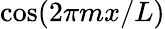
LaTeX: \cos(2\pi mx/L)